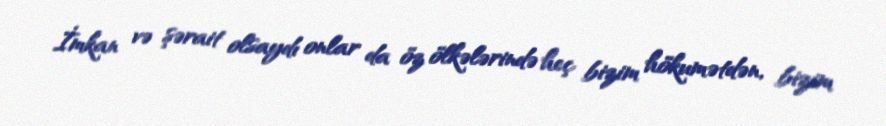
İmkan və şərait olsaydı onlar da öz ölkələrində heç bizim hökumətdən, bizim